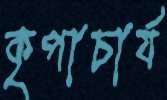
কৃপাচার্য